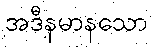
အဒီနမာနသော